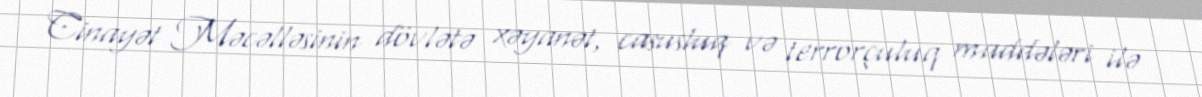
Cinayət Məcəlləsinin dövlətə xəyanət, casusluq və terrorçuluq maddələri ilə